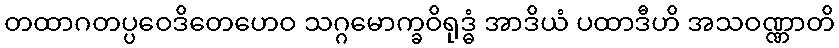
တထာဂတပ္ပဝေဒိတေဟေဝ သဂ္ဂမောက္ခဝိရုဒ္ဓံ အာဒိယံ ပထာဒီဟိ အသဝဏ္ဏာတိ